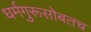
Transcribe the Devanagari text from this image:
धर्मगुरूसोबतच